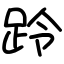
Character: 跉